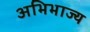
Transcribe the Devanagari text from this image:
अभिभाज्य